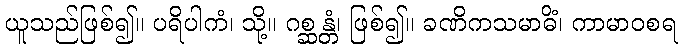
ယူသည်ဖြစ်၍။ ပရိပါကံ၊ သို့။ ဂစ္ဆန္တံ၊ ဖြစ်၍။ ခဏိကသမာဓိံ၊ ကာမာဝစရ